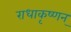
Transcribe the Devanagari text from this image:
राधाकृष्णन्‌